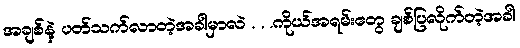
အချစ်နဲ့ ပတ်သက်လာတဲ့အခါမှာလဲ . . .ကိုယ်အရမ်းတွေ ချစ်ပြလိုက်တဲ့အခါ